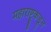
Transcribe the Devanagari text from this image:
महाराष्ट्रकडून